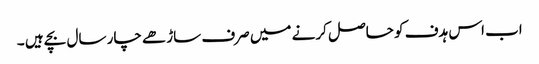
اب اس ہدف کو حاصل کرنے میں صرف ساڑھے چار سال بچے ہیں ۔